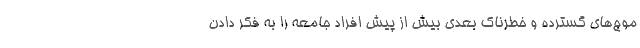
موج‌های گسترده و خطرناک بعدی بیش از پیش افراد جامعه را به فکر دادن